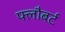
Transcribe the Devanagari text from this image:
फ्लौबर्ट